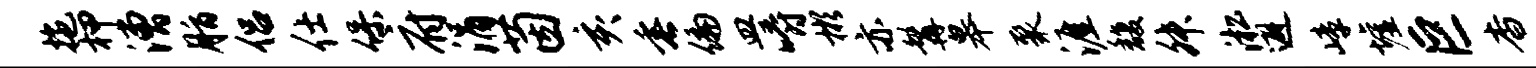
拖柙漕脂侣仕保府涓茵亥垂偏皿嚼彬亦髯皋聚涯馥舛淞避嶂墟巨杳